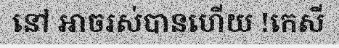
នៅ អាចរស់បានហើយ !កេសី